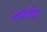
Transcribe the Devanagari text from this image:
मार्कांड्या